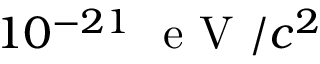
1 0 ^ { - 2 1 } ~ \mathrm { ~ e ~ V ~ } / c ^ { 2 }